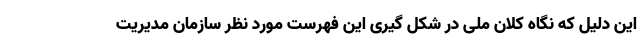
این دلیل که نگاه کلان ملی در شکل گیری این فهرست مورد نظر سازمان مدیریت